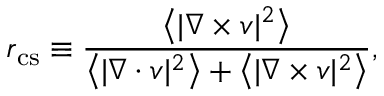
r _ { \mathrm { c s } } \equiv \frac { \left\langle | \nabla \times \boldsymbol { v } | ^ { 2 } \right\rangle } { \left\langle | \nabla \cdot \boldsymbol { v } | ^ { 2 } \right\rangle + \left\langle | \nabla \times \boldsymbol { v } | ^ { 2 } \right\rangle } ,